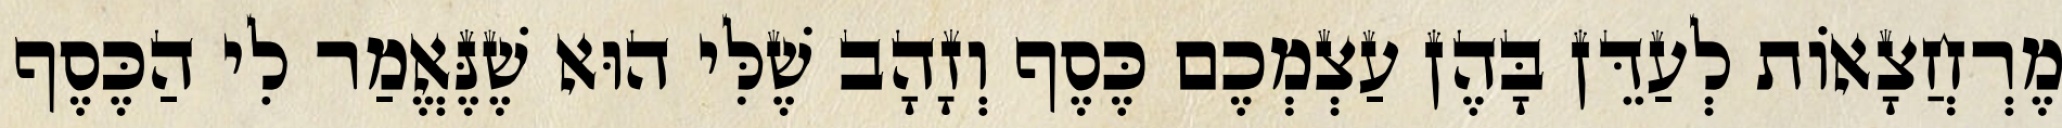
מֶרְחֲצָאוֹת לְעַדֵּן בָּהֶן עַצְמְכֶם כֶּסֶף וְזָהָב שֶׁלִּי הוּא שֶׁנֶּאֱמַר לִי הַכֶּסֶף